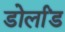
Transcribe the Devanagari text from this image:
डोर्लांड